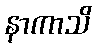
နာကာသိ